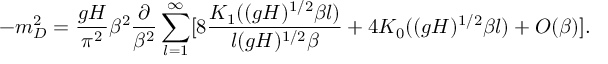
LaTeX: - m _ { D } ^ { 2 } = \frac { g H } { \pi ^ { 2 } } \beta ^ { 2 } \frac { \partial } { \beta ^ { 2 } } \sum _ { l = 1 } ^ { \infty } [ 8 \frac { K _ { 1 } ( ( g H ) ^ { 1 / 2 } \beta l ) } { l ( g H ) ^ { 1 / 2 } \beta } + 4 K _ { 0 } ( ( g H ) ^ { 1 / 2 } \beta l ) + O ( \beta ) ] .